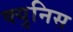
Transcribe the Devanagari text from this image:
क्युनिस